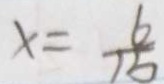
x = \frac { 6 } { 1 5 }